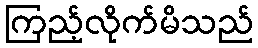
ကြည့်လိုက်မိသည်